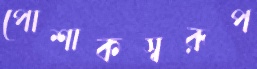
পোশাকস্বরূপ